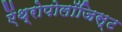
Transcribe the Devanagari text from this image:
ऐंथ्रोपोलॉजिस्ट